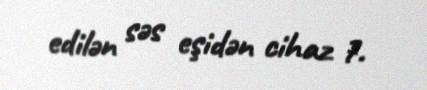
edilən səs eşidən cihaz 7.